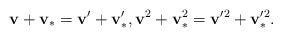
LaTeX: \begin{align*} \mathbf{v}+\mathbf{v}_{\ast }=\mathbf{v}^{\prime }+\mathbf{v}_{\ast }^{\prime }, \mathbf{v}^{2}+\mathbf{v}_{\ast }^{2}=\mathbf{v}^{\prime 2}+ \mathbf{v}_{\ast }^{\prime 2}. \end{align*}